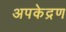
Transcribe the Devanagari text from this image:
अपकेद्रण